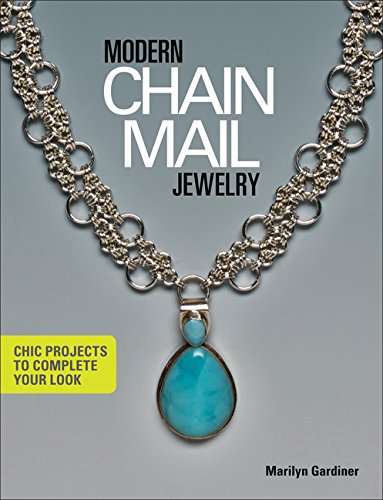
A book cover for Modern Chain Mail Jewelry: Chic Projects to Complete Your Look; Marilyn Gardiner; Crafts, Hobbies & Home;